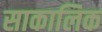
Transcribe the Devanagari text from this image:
साकालिक